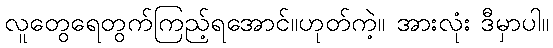
လူတွေရေတွက်ကြည့်ရအောင်။ဟုတ်ကဲ့။ အားလုံး ဒီမှာပါ။